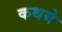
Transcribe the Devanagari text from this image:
कथये